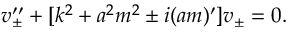
v _ { \pm } ^ { \prime \prime } + [ k ^ { 2 } + a ^ { 2 } m ^ { 2 } \pm i ( a m ) ^ { \prime } ] v _ { \pm } = 0 .